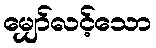
မျှော်လင့်သော